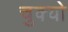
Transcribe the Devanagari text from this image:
चुक्यो